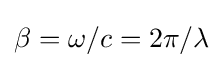
\beta =\omega /c=2\pi /\lambda